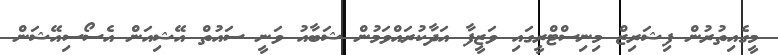
މީގެއިތުރުން ފިޝަރިޒް މިނިސްޓްރީގައި ވަޒީފާ އަދާކުރައްވަމުން ޝަބާއު ވަނީ ސައުތް އޭޝިއަން އެސޯސިއޭޝަން